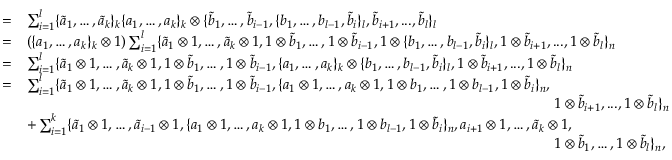
\begin{array} { r l } { = } & { \sum _ { i = 1 } ^ { l } \{ \tilde { a } _ { 1 } , \dots , \tilde { a } _ { k } \} _ { k } \{ a _ { 1 } , \dots , a _ { k } \} _ { k } \otimes \{ \tilde { b } _ { 1 } , \dots , \tilde { b } _ { i - 1 } , \{ b _ { 1 } , \dots , b _ { l - 1 } , \tilde { b } _ { i } \} _ { l } , \tilde { b } _ { i + 1 } , . . . , \tilde { b } _ { l } \} _ { l } } \\ { = } & { \left( \{ a _ { 1 } , \dots , a _ { k } \} _ { k } \otimes 1 \right) \sum _ { i = 1 } ^ { l } \{ \tilde { a } _ { 1 } \otimes 1 , \dots , \tilde { a } _ { k } \otimes 1 , 1 \otimes \tilde { b } _ { 1 } , \dots , 1 \otimes \tilde { b } _ { i - 1 } , 1 \otimes \{ b _ { 1 } , \dots , b _ { l - 1 } , \tilde { b } _ { i } \} _ { l } , 1 \otimes \tilde { b } _ { i + 1 } , . . . , 1 \otimes \tilde { b } _ { l } \} _ { n } } \\ { = } & { \sum _ { i = 1 } ^ { l } \{ \tilde { a } _ { 1 } \otimes 1 , \dots , \tilde { a } _ { k } \otimes 1 , 1 \otimes \tilde { b } _ { 1 } , \dots , 1 \otimes \tilde { b } _ { i - 1 } , \{ a _ { 1 } , \dots , a _ { k } \} _ { k } \otimes \{ b _ { 1 } , \dots , b _ { l - 1 } , \tilde { b } _ { i } \} _ { l } , 1 \otimes \tilde { b } _ { i + 1 } , . . . , 1 \otimes \tilde { b } _ { l } \} _ { n } } \\ { = } & { \sum _ { i = 1 } ^ { l } \{ \tilde { a } _ { 1 } \otimes 1 , \dots , \tilde { a } _ { k } \otimes 1 , 1 \otimes \tilde { b } _ { 1 } , \dots , 1 \otimes \tilde { b } _ { i - 1 } , \{ a _ { 1 } \otimes 1 , \dots , a _ { k } \otimes 1 , 1 \otimes b _ { 1 } , \dots , 1 \otimes b _ { l - 1 } , 1 \otimes \tilde { b } _ { i } \} _ { n } , } \\ & { \ \ \ \ \ \ \ \ \ \ \ \ \ \ \ \ \ \ \ \ \ \ \ \ \ \ \ \ \ \ \ \ \ \ \ \ \ \ \ \ \ \ \ \ \ \ \ \ \ \ \ \ \ \ \ \ \ \ \ \ \ \ \ \ \ \ \ \ \ \ \ \ \ \ \ \ \ \ \ \ \ \ \ \ \ \ \ \ \ \ \ \ \ \ \ \ \ \ \ \ \ \ \ \ \ \ \ \ 1 \otimes \tilde { b } _ { i + 1 } , . . . , 1 \otimes \tilde { b } _ { l } \} _ { n } } \\ & { + \sum _ { i = 1 } ^ { k } \{ \tilde { a } _ { 1 } \otimes 1 , \dots , \tilde { a } _ { i - 1 } \otimes 1 , \{ a _ { 1 } \otimes 1 , \dots , a _ { k } \otimes 1 , 1 \otimes b _ { 1 } , \dots , 1 \otimes b _ { l - 1 } , 1 \otimes \tilde { b } _ { i } \} _ { n } , a _ { i + 1 } \otimes 1 , \dots , \tilde { a } _ { k } \otimes 1 , } \\ & { \ \ \ \ \ \ \ \ \ \ \ \ \ \ \ \ \ \ \ \ \ \ \ \ \ \ \ \ \ \ \ \ \ \ \ \ \ \ \ \ \ \ \ \ \ \ \ \ \ \ \ \ \ \ \ \ \ \ \ \ \ \ \ \ \ \ \ \ \ \ \ \ \ \ \ \ \ \ \ \ \ \ \ \ \ \ \ \ \ \ \ \ \ \ \ \ \ \ \ \ \ \ \ \ \ \ \ \ 1 \otimes \tilde { b } _ { 1 } , \dots , 1 \otimes \tilde { b } _ { l } \} _ { n } , } \end{array}